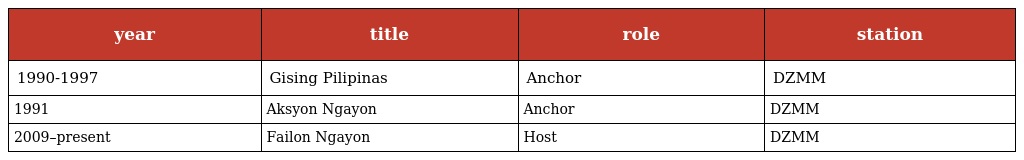
| year | title | role | station |
 | --- | --- | --- | --- |
 | 1990-1997 | Gising Pilipinas | Anchor | DZMM |
 | 1991 | Aksyon Ngayon | Anchor | DZMM |
 | 2009–present | Failon Ngayon | Host | DZMM |